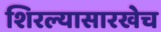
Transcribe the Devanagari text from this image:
शिरल्यासारखेच